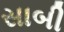
સાબી